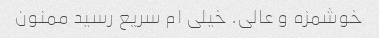
خوشمزه و عالی. خیلی ام سریع رسید ممنون